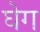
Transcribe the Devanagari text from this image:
घेग